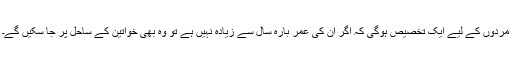
مردوں کے لیے ایک تخصیص ہوگی کہ اگر ان کی عمر بارہ سال سے زیادہ نہیں ہے تو وہ بھی خواتین کے ساحل پر جا سکیں گے۔